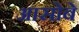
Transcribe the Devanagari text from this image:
आसोबे